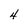
Character: 4